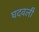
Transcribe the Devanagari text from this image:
घदवली